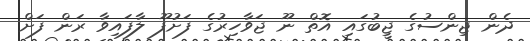
ދެން ޖިންސުގެ ޖީބުގައި އޮތް ނޫ ޖަވާހިރުގެ ފަށުފޫ ލާފައިވާ ރަން ފަށް